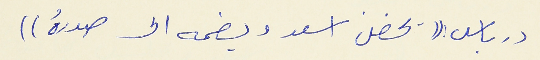
درباس : (( يحضن اسعد ويضمه الى صدرهُ ))